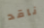
ناقد